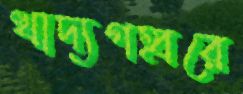
খাদ্যগহ্বরে